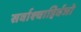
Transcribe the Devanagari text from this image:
सर्वाश्चाहिर्वजो